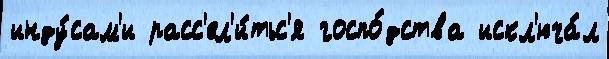
инду́сам'и расс'ел'и́тьс'я госпо́дства искл'юча́л